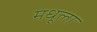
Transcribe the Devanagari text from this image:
मधूला